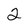
Character: 2